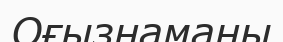
Оғызнаманы